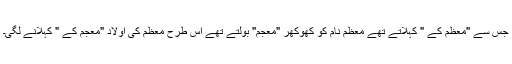
جس سے "معظم کے " کہلاتے تھے معظم نام کو کھوکھر "معجم" بولتے تھے اس طرح معظم کی اولاد "معجم کے " کہلانے لگی۔